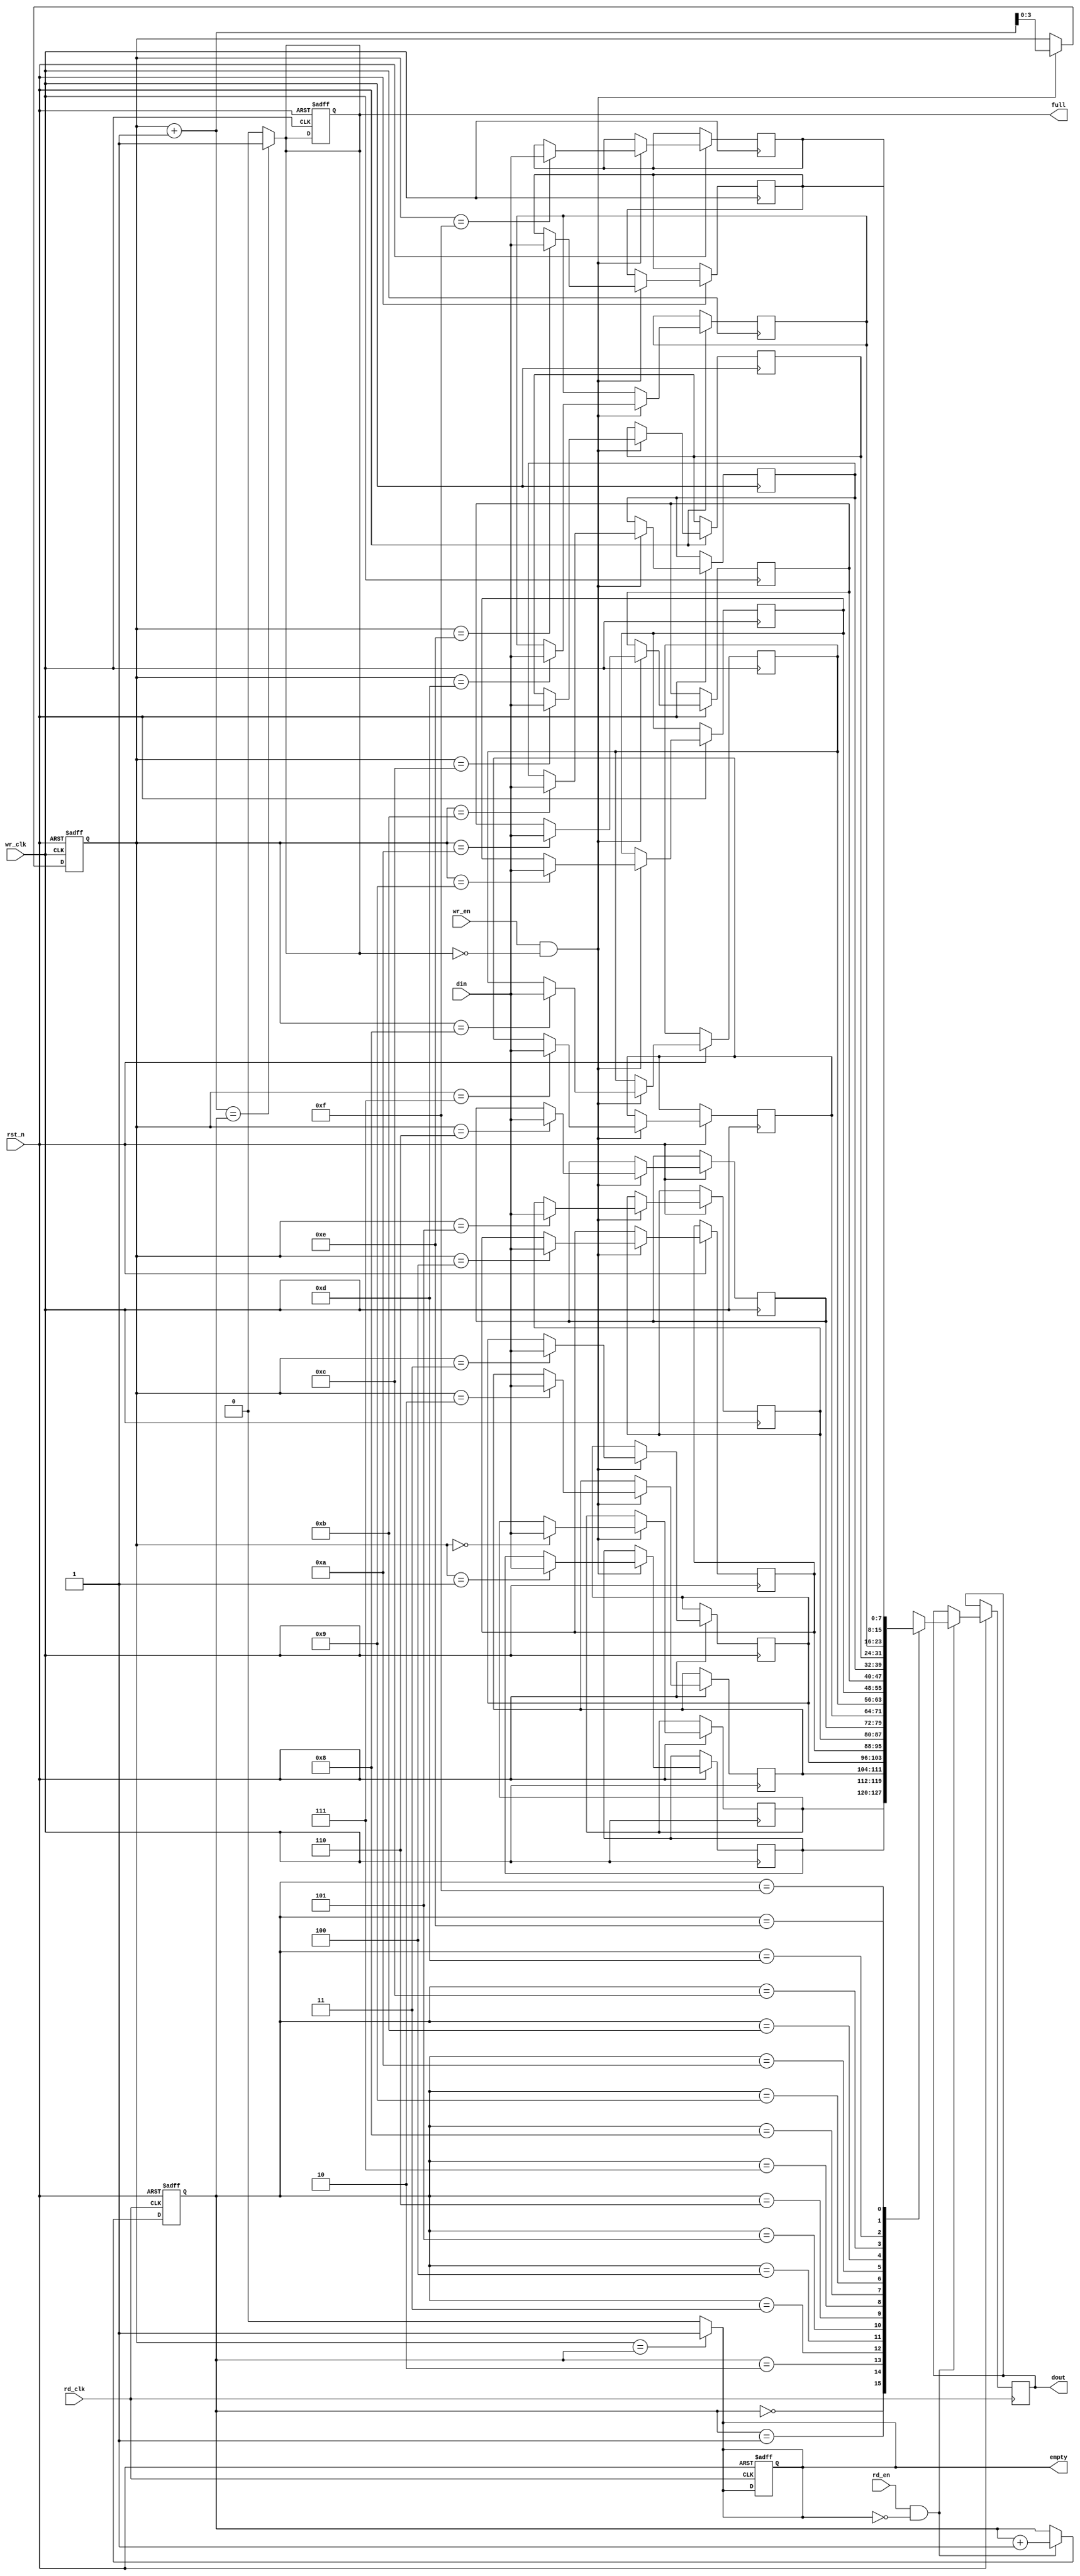
module async_fifo #(
    parameter DATA_WIDTH = 8,   // Width of data
    parameter FIFO_DEPTH = 16    // Depth of FIFO (should be a power of 2)
) (
    input wire wr_clk,           // Write clock
    input wire rd_clk,           // Read clock
    input wire rst_n,            // Asynchronous reset (active low)
    input wire wr_en,            // Write enable
    input wire rd_en,            // Read enable
    input wire [DATA_WIDTH-1:0] din, // Data input
    output reg [DATA_WIDTH-1:0] dout, // Data output
    output reg full,             // FIFO full flag
    output reg empty             // FIFO empty flag
);

    // Internal registers
    reg [DATA_WIDTH-1:0] mem [0:FIFO_DEPTH-1]; // Memory array
    reg [clog2(FIFO_DEPTH)-1:0] wr_ptr;        // Write pointer
    reg [clog2(FIFO_DEPTH)-1:0] rd_ptr;        // Read pointer
    reg [clog2(FIFO_DEPTH)-1:0] wr_gray;       // Write pointer in Gray code
    reg [clog2(FIFO_DEPTH)-1:0] rd_gray;       // Read pointer in Gray code
    reg [clog2(FIFO_DEPTH)-1:0] wr_ptr_sync;   // Synchronized write pointer
    reg [clog2(FIFO_DEPTH)-1:0] rd_ptr_sync;   // Synchronized read pointer
    reg [clog2(FIFO_DEPTH)-1:0] wr_ptr_gray_sync; // Synchronized Gray pointer
    reg [clog2(FIFO_DEPTH)-1:0] rd_ptr_gray_sync; // Synchronized Gray pointer

    // Function for calculating log2
    function integer clog2;
        input integer value;
        begin
            value = value - 1;
            for (clog2 = 0; value > 0; clog2 = clog2 + 1)
                value = value >> 1;
        end
    endfunction

    // Write operation
    always @(posedge wr_clk or negedge rst_n) begin
        if (!rst_n) begin
            wr_ptr <= 0;
            full <= 1'b0;
        end else if (wr_en && !full) begin
            mem[wr_ptr] <= din;
            wr_ptr <= wr_ptr + 1;
        end
    end

    // Read operation
    always @(posedge rd_clk or negedge rst_n) begin
        if (!rst_n) begin
            rd_ptr <= 0;
            empty <= 1'b1;
        end else if (rd_en && !empty) begin
            dout <= mem[rd_ptr];
            rd_ptr <= rd_ptr + 1;
        end
    end

    // Full and empty flag logic
    always @* begin
        if (wr_ptr + 1 == rd_ptr) begin
            full = 1'b1;
        end else begin
            full = 1'b0;
        end

        if (wr_ptr == rd_ptr) begin
            empty = 1'b1;
        end else begin
            empty = 1'b0;
        end
    end

    // Synchronizing write pointer to read clock domain
    always @(posedge rd_clk or negedge rst_n) begin
        if (!rst_n) begin
            wr_ptr_sync <= 0;
        end else begin
            wr_ptr_sync <= wr_ptr;
            wr_ptr_gray_sync <= (wr_ptr_sync >> 1) ^ wr_ptr_sync; // Convert to Gray code
        end
    end

    // Synchronizing read pointer to write clock domain
    always @(posedge wr_clk or negedge rst_n) begin
        if (!rst_n) begin
            rd_ptr_sync <= 0;
        end else begin
            rd_ptr_sync <= rd_ptr;
            rd_ptr_gray_sync <= (rd_ptr_sync >> 1) ^ rd_ptr_sync; // Convert to Gray code
        end
    end

endmodule